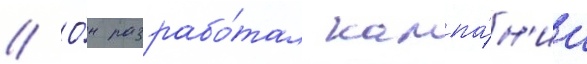
// О́н разрабо́тал кампа́н'ии